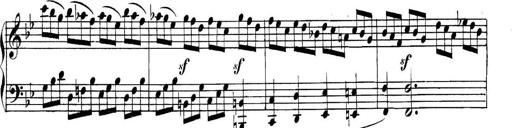
Title: Collected Piano Sonatas
Composer: Muzio Clementi